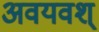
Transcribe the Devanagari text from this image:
अवयवश्